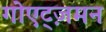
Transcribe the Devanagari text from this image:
गोएट्ज़मन